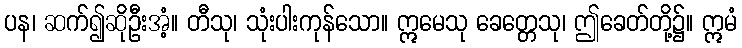
ပန၊ ဆက်၍ဆိုဦးအံ့။ တီသု၊ သုံးပါးကုန်သော။ ဣမေသု ခေတ္တေသု၊ ဤခေတ်တို့၌။ ဣမံ